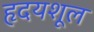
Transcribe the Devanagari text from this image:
हृदयशूल